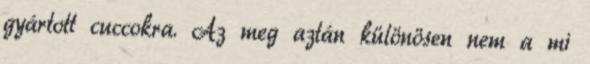
gyártott cuccokra. Az meg aztán különösen nem a mi